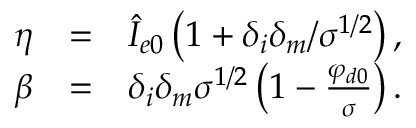
\begin{array} { r l r } { { \normalcolor \eta } } & { { } { \normalcolor = } } & { { \normalcolor \hat { I } _ { e 0 } \left( 1 + \delta _ { i } \delta _ { m } / \sigma ^ { 1 / 2 } \right) , } } \\ { { \normalcolor \beta } } & { { } { \normalcolor = } } & { { \normalcolor \delta _ { i } \delta _ { m } \sigma ^ { 1 / 2 } \left( 1 - \frac { \varphi _ { d 0 } } { \sigma } \right) . } } \end{array}